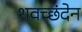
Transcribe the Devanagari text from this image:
शवच्छंदेन